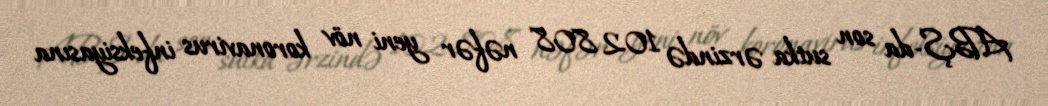
ABŞ-da son sutka ərzində 102 808 nəfər yeni növ koronavirus infeksiyasına